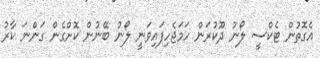
އެގޮތުން ޓެކްސީ ލޯނު ދޫކުރަން ހަމަޖެހިފައިވަނީ ލޯނު ބޭނުން ކޮށްގެން ގަންނަ ކާރު